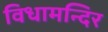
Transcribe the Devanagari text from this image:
विधामन्दिर